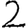
Digit: 2